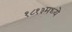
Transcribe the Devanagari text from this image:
१८१३मध्ये